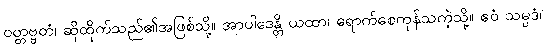
ဝတ္တဗ္ဗတံ၊ ဆိုထိုက်သည်၏အဖြစ်သို့။ အာပါဒေန္တိ ယထာ၊ ရောက်စေကုန်သကဲ့သို့။ ဧဝံ သမ္ပဒံ၊